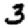
Digit: 3